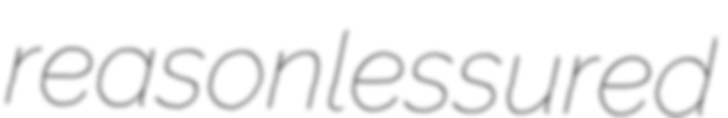
reasonlessured